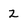
Character: 2